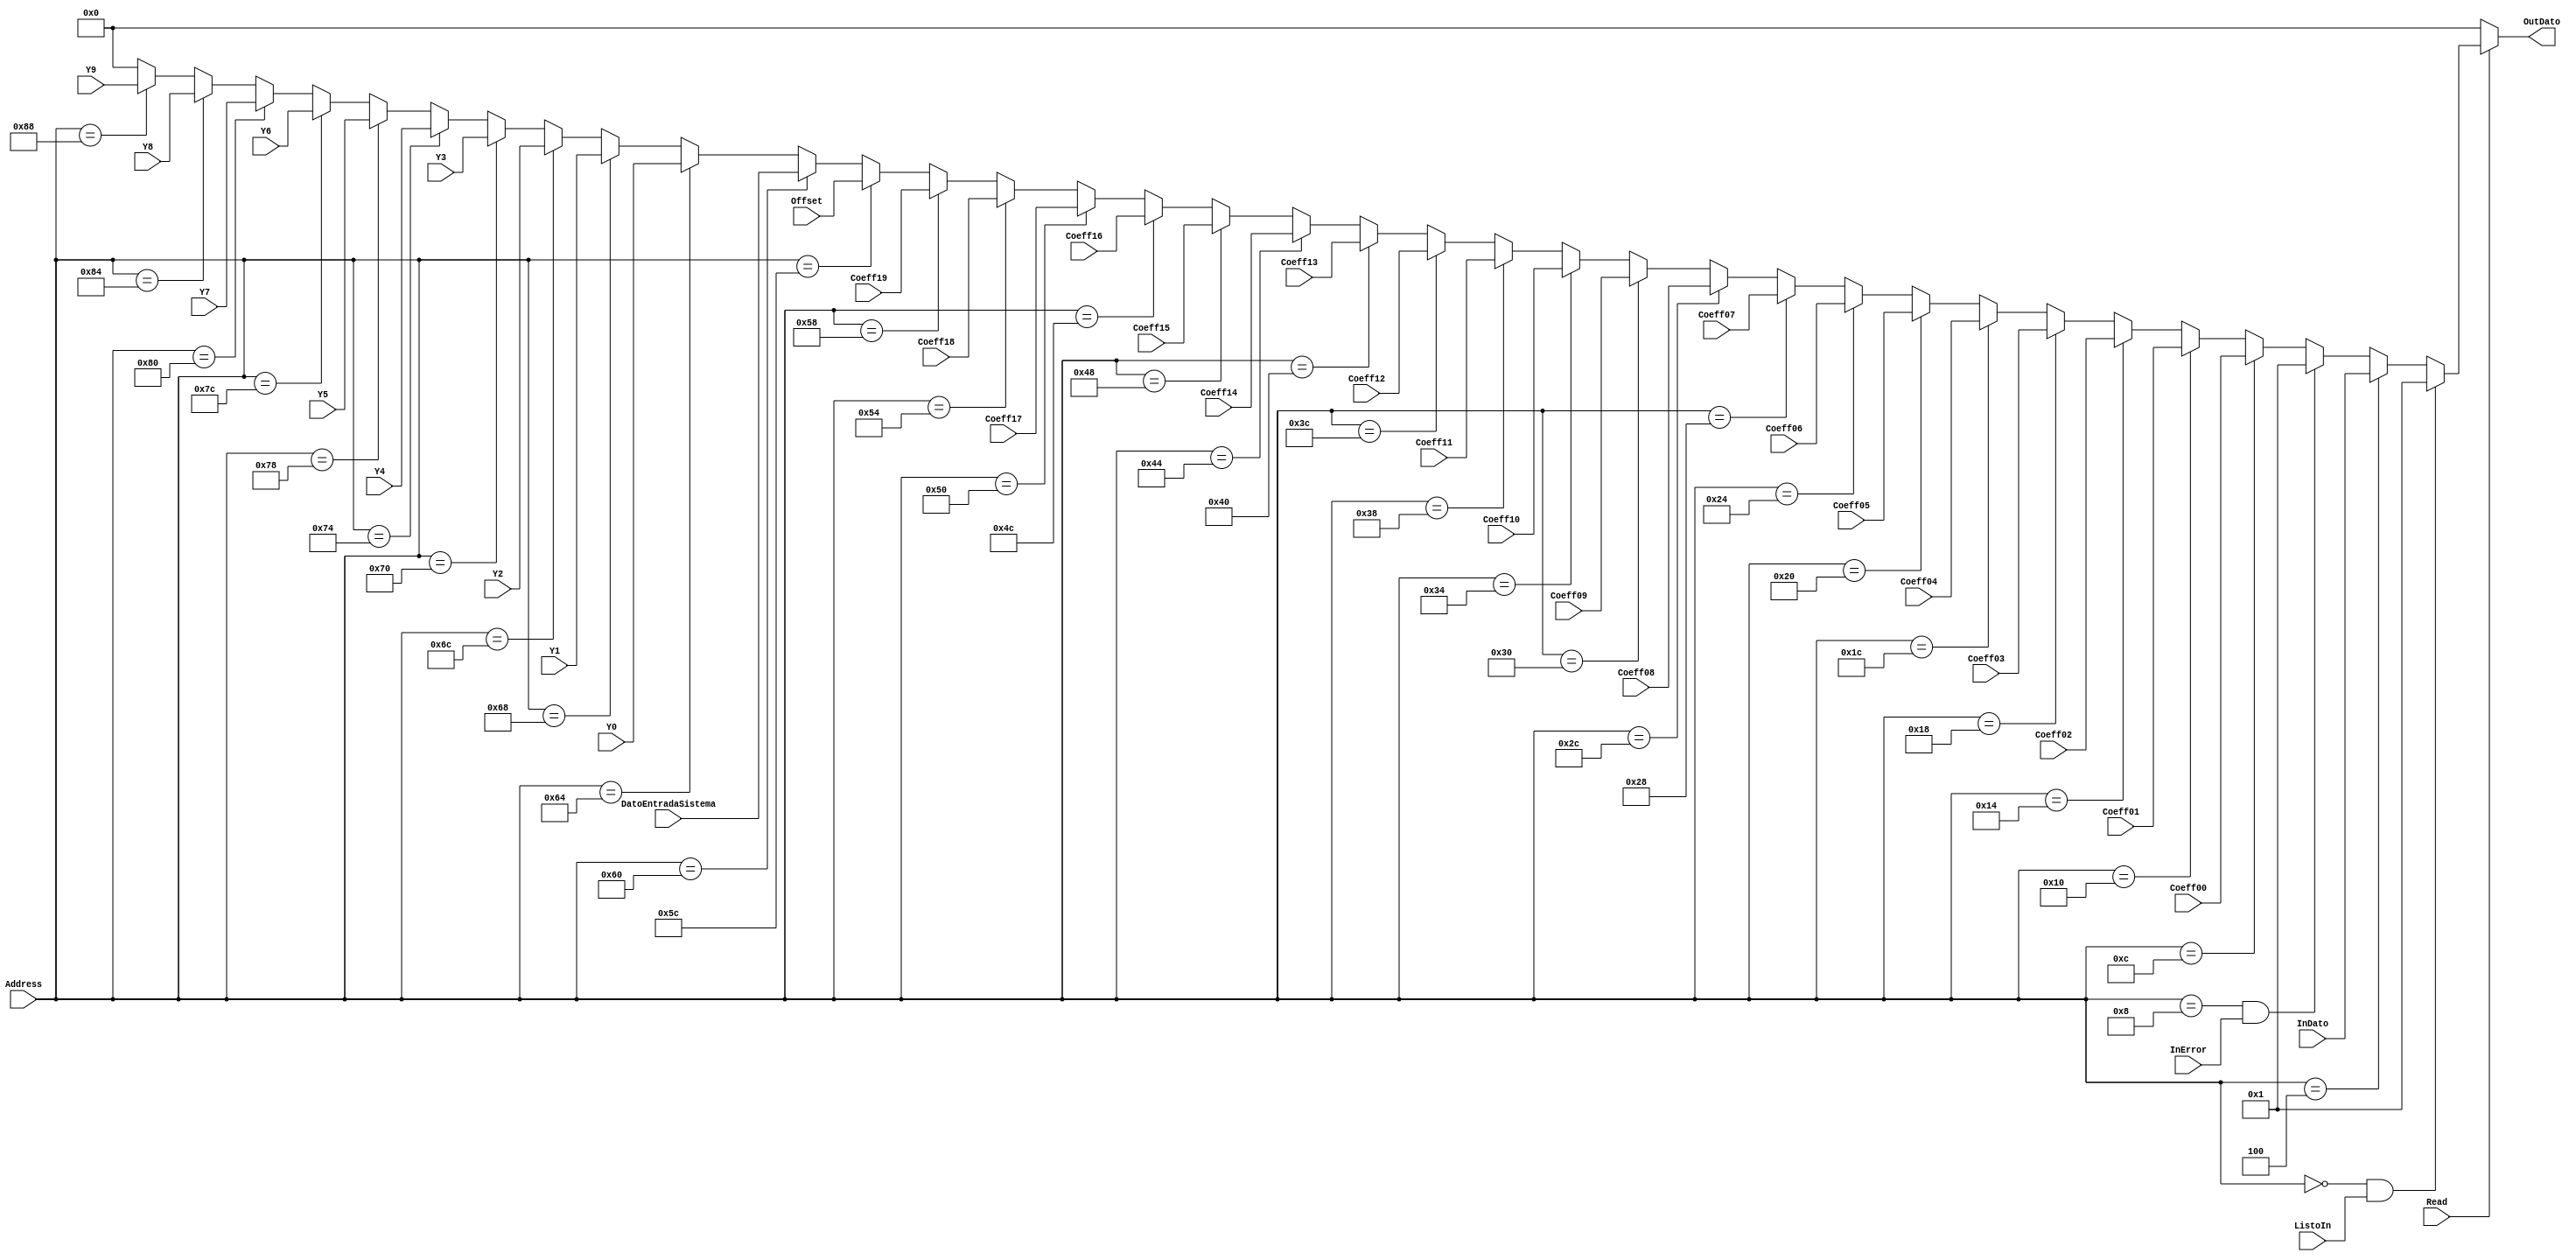
module EscrituraRegistroToMemoria#(parameter Width = 4)
(Read,InError,Address,ListoIn,InDato,Coeff00,Coeff01,Coeff02,Coeff03,Coeff04,Coeff05,
Coeff06,Coeff07,Coeff08,Coeff09,Coeff10,Coeff11,Coeff12,Coeff13,Coeff14,Coeff15,Coeff16,Coeff17,Coeff18,
Coeff19,Offset,DatoEntradaSistema,Y0,Y1,Y2,Y3,Y4,Y5,Y6,Y7,Y8,Y9,OutDato);
	 
	// InDato es la salida de la red Neuronal
	// DatoEntradaSistema es el dato con el que se obtuvo una salida igual a InDato  =>  InDato = f(DatoEntradaSistema)
	input Read,InError,ListoIn;
   input [8:0] Address; 
	input signed [Width-1:0] InDato,Coeff00,Coeff01,Coeff02,Coeff03,Coeff04,Coeff05,
   Coeff06,Coeff07,Coeff08,Coeff09,Coeff10,Coeff11,Coeff12,Coeff13,Coeff14,Coeff15,Coeff16,
	Coeff17,Coeff18,Coeff19,Offset,DatoEntradaSistema,Y0,Y1,Y2,Y3,Y4,Y5,Y6,Y7,Y8,Y9;
	
	output reg signed [Width-1:0] OutDato;

	always @*begin // Se escribe el dato en memoria
		if(Read) begin
			if(Address==9'h000 && ListoIn==1'b1) begin  // Direccin de Indicador Dato Listo
				OutDato <= 1; 
			end else if(Address==9'h004 ) begin  // Direccin del Dato Listo
				OutDato <= InDato; 
			end else if(Address==9'h008 && InError==1'b1) begin   // Dato Indicandor de error
			   OutDato <= 1;
			end else if(Address==9'h00C ) begin   // CoeffEntrenamiento0
				OutDato <= Coeff00;
			end else if(Address==9'h010 ) begin   // CoeffEntrenamiento1
				OutDato <= Coeff01;
			end else if(Address==9'h014 ) begin   // CoeffEntrenamiento2
				OutDato <= Coeff02;
			end else if(Address==9'h018 ) begin   // CoeffEntrenamiento3
				OutDato <= Coeff03;
			end else if(Address==9'h01C ) begin   // CoeffEntrenamiento4
				OutDato <= Coeff04;
			end else if(Address==9'h020 ) begin   // CoeffEntrenamiento5
				OutDato <= Coeff05;
			end else if(Address==9'h024 ) begin   // CoeffEntrenamiento6
				OutDato <= Coeff06;
			end else if(Address==9'h028 ) begin   // CoeffEntrenamiento7
				OutDato <= Coeff07;
			end else if(Address==9'h02C ) begin   // CoeffEntrenamiento8
				OutDato <= Coeff08;
			end else if(Address==9'h030 ) begin   // CoeffEntrenamiento9
				OutDato <= Coeff09;
			end else if(Address==9'h034 ) begin   // CoeffEntrenamiento10
				OutDato <= Coeff10;
			end else if(Address==9'h038 ) begin   // CoeffEntrenamient11
				OutDato <= Coeff11;
			end else if(Address==9'h03C ) begin   // CoeffEntrenamiento12
				OutDato <= Coeff12;
			end else if(Address==9'h040 ) begin   // CoeffEntrenamiento13
				OutDato <= Coeff13;
			end else if(Address==9'h044 ) begin   // CoeffEntrenamiento14
				OutDato <= Coeff14;
			end else if(Address==9'h048 ) begin   // CoeffEntrenamiento15
				OutDato <= Coeff15;
			end else if(Address==9'h04C ) begin   // CoeffEntrenamiento16
				OutDato <= Coeff16;
			end else if(Address==9'h050 ) begin   // CoeffEntrenamiento17
				OutDato <= Coeff17;
			end else if(Address==9'h054 ) begin   // CoeffEntrenamiento18
				OutDato <= Coeff18;
			end else if(Address==9'h058 ) begin   // CoeffEntrenamiento19
				OutDato <= Coeff19;
			end else if(Address==9'h05C ) begin   // Offset
				OutDato <= Offset;
			end else if(Address==9'h060 ) begin   // EntradadelSistema
				OutDato <= DatoEntradaSistema;
			end else if(Address==9'h064 ) begin   // EntradadelSistema
				OutDato <= Y0;
			end else if(Address==9'h068 ) begin   // EntradadelSistema
				OutDato <= Y1;
			end else if(Address==9'h06C ) begin   // EntradadelSistema
				OutDato <= Y2;
			end else if(Address==9'h070 ) begin   // EntradadelSistema
				OutDato <= Y3;
			end else if(Address==9'h074 ) begin   // EntradadelSistema
				OutDato <= Y4;
			end else if(Address==9'h078 ) begin   // EntradadelSistema
				OutDato <= Y5;
			end else if(Address==9'h07C ) begin   // EntradadelSistema
				OutDato <= Y6;
			end else if(Address==9'h080 ) begin   // EntradadelSistema
				OutDato <= Y7;
			end else if(Address==9'h084 ) begin   // EntradadelSistema
				OutDato <= Y8;
			end else if(Address==9'h088 ) begin   // EntradadelSistema
				OutDato <= Y9;	
			end else begin
				OutDato <= 0;
			end
		end
		else begin
			OutDato <= 0;
		end
	end
endmodule